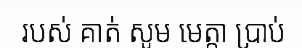
របស់ គាត់ សូម មេត្តា ប្រាប់